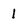
Character: 1